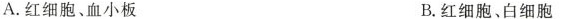
A.红细胞、血小板 B.红细胞、白细胞